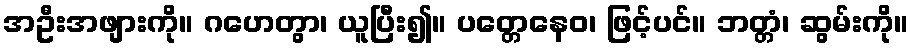
အဦးအဖျားကို။ ဂဟေတွာ၊ ယူပြီး၍။ ပတ္တေနေဝ၊ ဖြင့်ပင်။ ဘတ္တံ၊ ဆွမ်းကို။